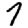
Digit: 7